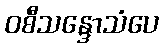
ဝစီသန္ဒောသံပေ